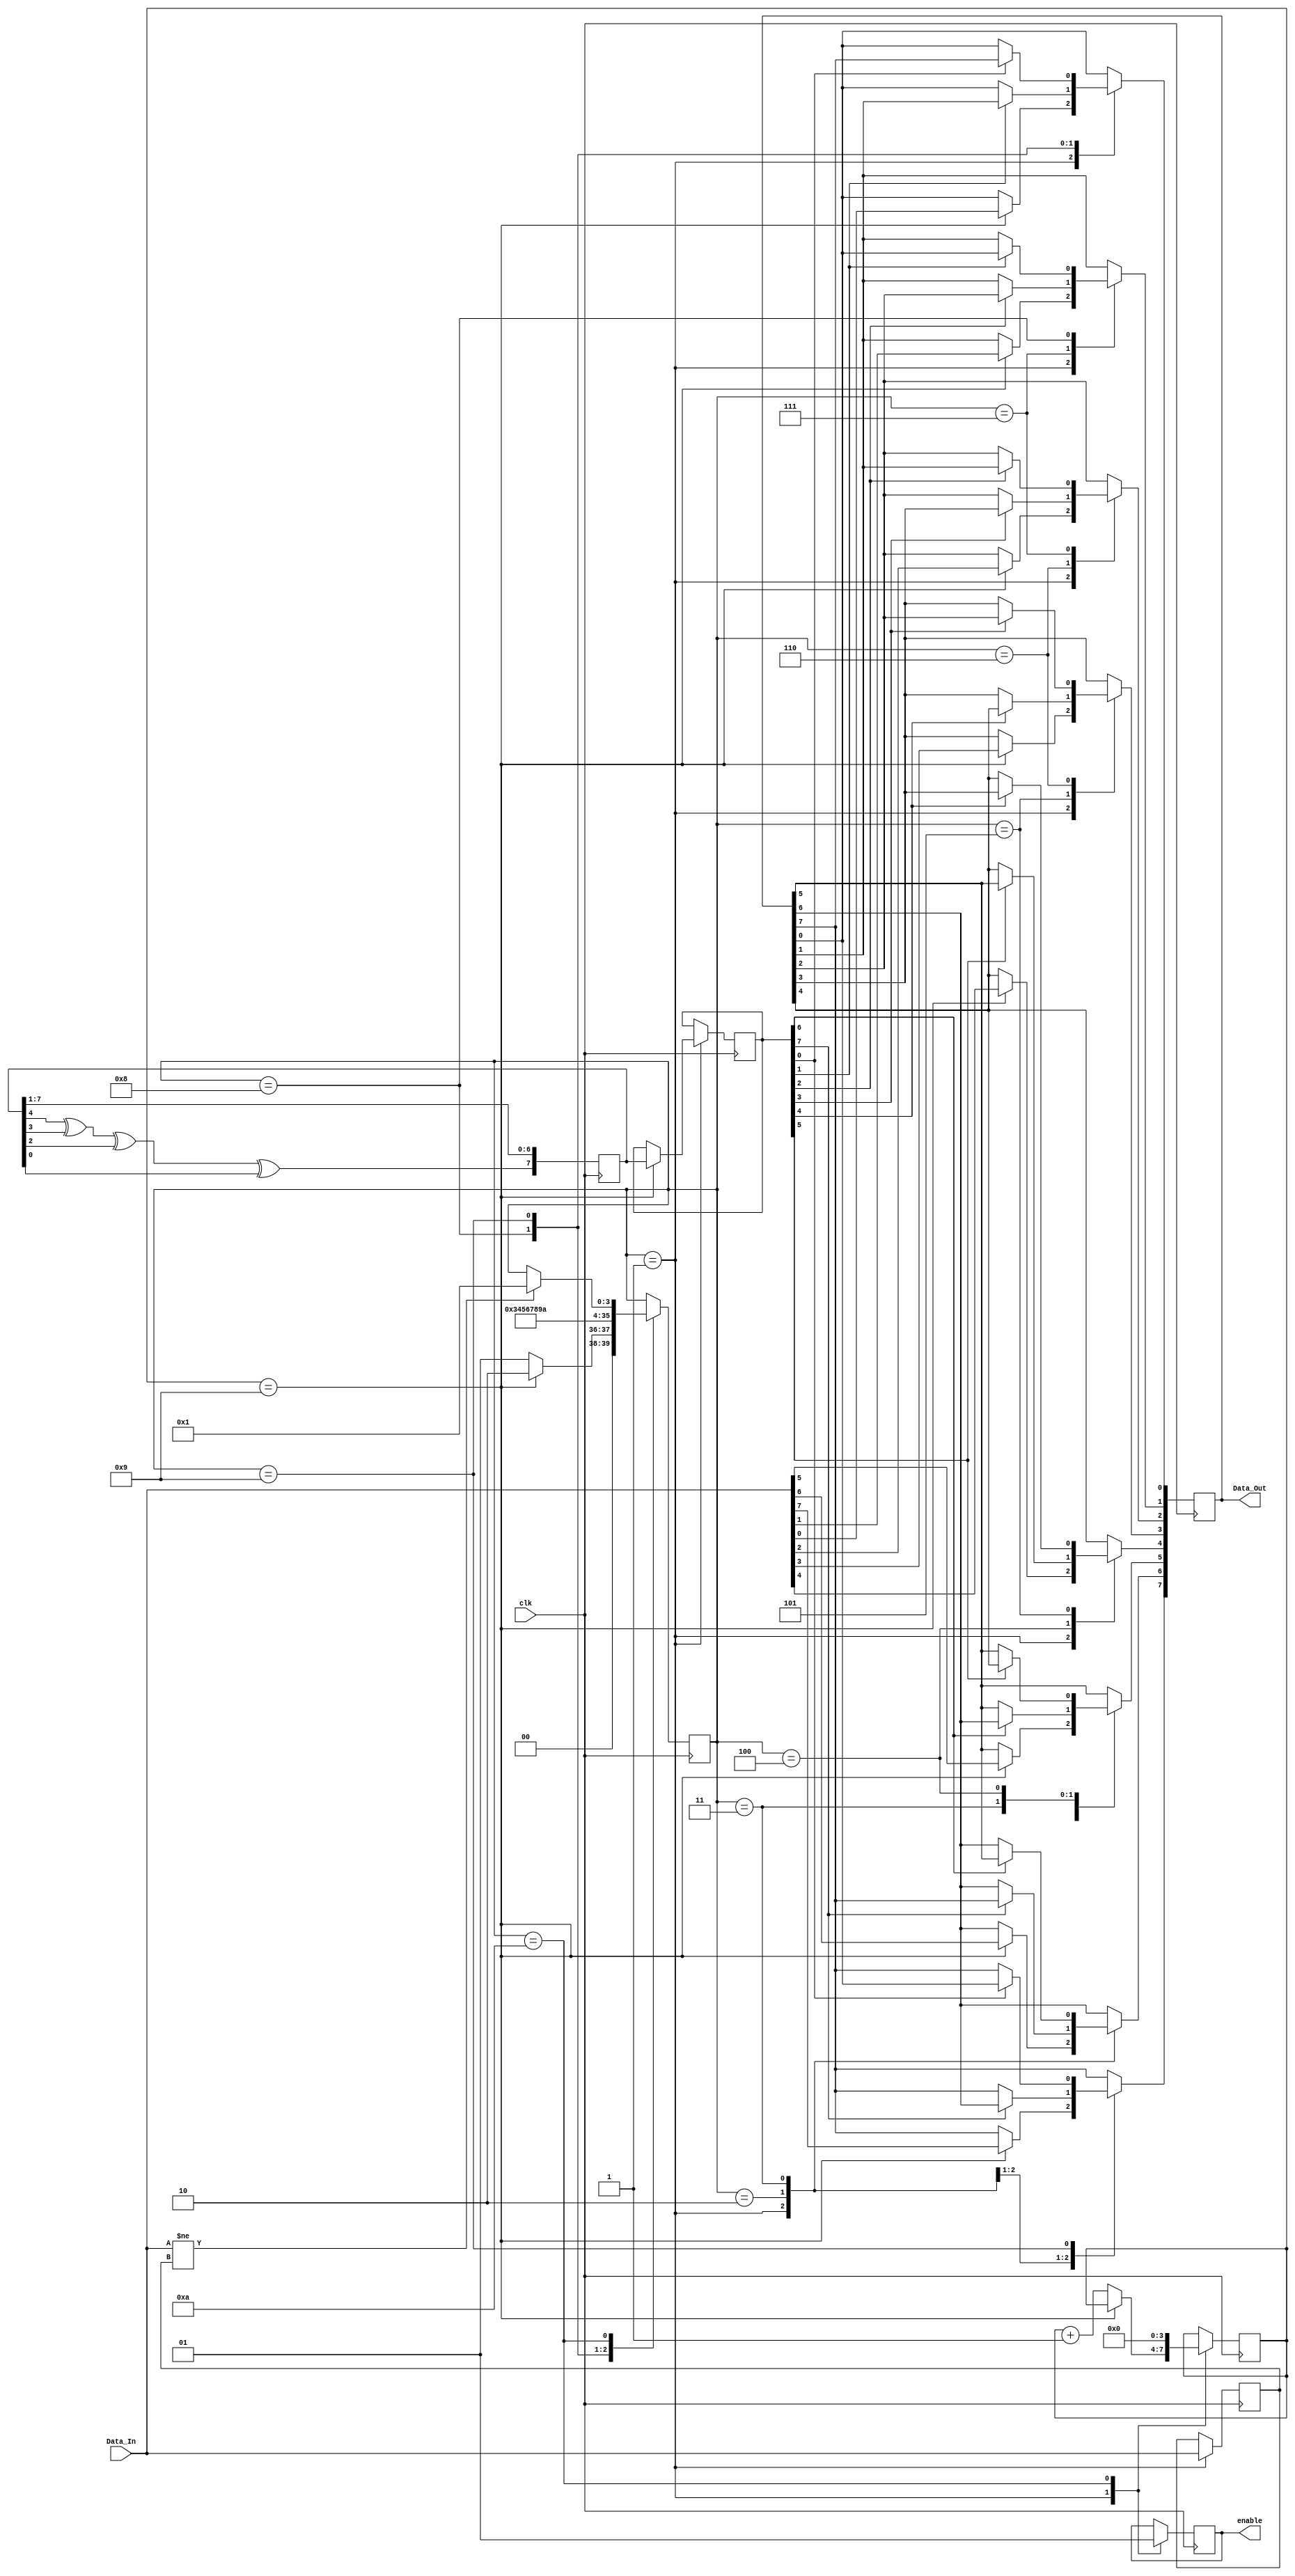
module IntretesatorRegula(Data_In,clk,enable,Data_Out
);

	input  [7:0] Data_In;
	input        clk;
	output reg   enable;
	output [7:0] Data_Out;

	reg [7:0] delay                = 8'b10101010;//CELULE DE INTARZIERE
	reg [3:0] contor               = 4'b0;
	reg [7:0] registru_intretesere = 8'b0;
	reg [3:0] state                = 4'b0001;//FSM
	reg [7:0] r_Data_In;//REGISTRU PRELUCRARE DATE DE INTRARE
	reg [7:0] reg_temp             = 8'b0;//PENTRU REALUARE ALGORITM DATE DE INTRARE NOI

	localparam initial_state       = 4'b0001;
	localparam final_state         = 4'b1010;

	assign Data_Out = r_Data_In;

	always @(posedge clk) begin
		delay[7] <= delay[4]^delay[3]^delay[2]^delay[0]; //POLINOM PRIMITIV GENERATOR= X^8 + X^4 + X^3 + X^2 + 1;
		delay[6] <= delay[7];
		delay[5] <= delay[6];
		delay[4] <= delay[5];
		delay[3] <= delay[4];
		delay[2] <= delay[3];
		delay[1] <= delay[2];
		delay[0] <= delay[1];
	end

	always @(posedge clk)begin
		case(state)	
			initial_state: begin
			enable   <= 1'b0;
			reg_temp <= Data_In;
				if(contor == 4'b1001) begin //MOMENT DE TIMP ALES 8'b00001001
					registru_intretesere <= {delay[7],delay[6],delay[5],delay[4],delay[3],delay[2],delay[1],delay[0]};
					r_Data_In <= Data_In;
					state <= 4'b0010;
				end else begin
					contor <= contor + 1'b1;
					state  <= initial_state;
				end
			end
			
			4'b0010: begin
				if(registru_intretesere[7] == 1'b1) begin
					r_Data_In[7] <= r_Data_In[6];
					r_Data_In[6] <= r_Data_In[7];
				end
				state <= 4'b0011;
			end
			
			4'b0011: begin
				if(registru_intretesere[6] == 1'b1) begin
					r_Data_In[6] <= r_Data_In[5];
					r_Data_In[5] <= r_Data_In[6];
				end
				state <= 4'b0100;	
			end
			
			4'b0100: begin
				if(registru_intretesere[5] == 1'b1) begin
					r_Data_In[5] <= r_Data_In[4];
					r_Data_In[4] <= r_Data_In[5];
				end
				state <= 4'b0101;
			end
			
			4'b0101: begin
				if(registru_intretesere[4] == 1'b1) begin
					r_Data_In[4] <= r_Data_In[3];
					r_Data_In[3] <= r_Data_In[4];
				end
				state <= 4'b0110;
			end
			
			4'b0110: begin
				if(registru_intretesere[3] == 1'b1) begin
					r_Data_In[3] <= r_Data_In[2];
					r_Data_In[2] <= r_Data_In[3];
				end
				state <= 4'b0111;
			end
			
			4'b0111: begin
				if(registru_intretesere[2] == 1'b1) begin
					r_Data_In[2] <=r_Data_In[1];
					r_Data_In[1] <=r_Data_In[2];
				end
				state <= 4'b1000;
			end
			
			4'b1000: begin
				if(registru_intretesere[1] == 1'b1) begin
					r_Data_In[1] <= r_Data_In[0];
					r_Data_In[0] <= r_Data_In[1];
				end
				state <= 4'b1001;
			end
			
			4'b1001: begin
				if(registru_intretesere[0] == 1'b1) begin
					r_Data_In[0] <= r_Data_In[7];
					r_Data_In[7] <= r_Data_In[0];
				end
				state <= final_state;
			end
			
			final_state: begin
				contor <= 4'b0;
				enable <= 1'b1;
				if(Data_In != reg_temp)begin
					state <= initial_state;
				end
			end
		endcase
	end
endmodule